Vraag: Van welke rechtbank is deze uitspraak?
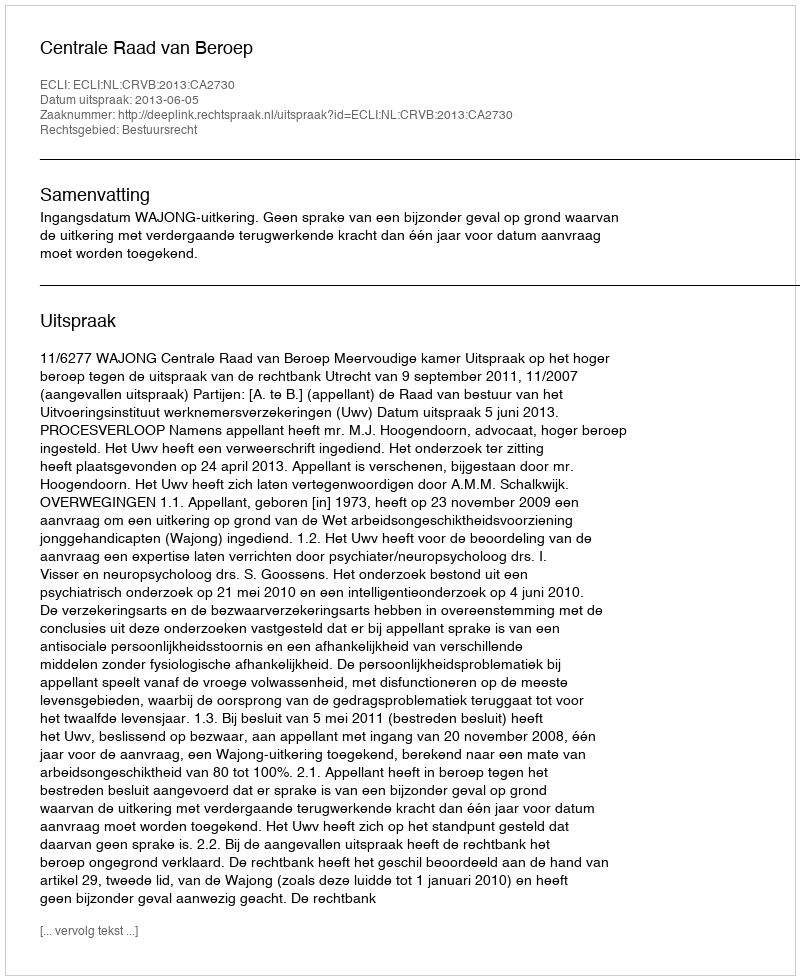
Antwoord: Centrale Raad van Beroep